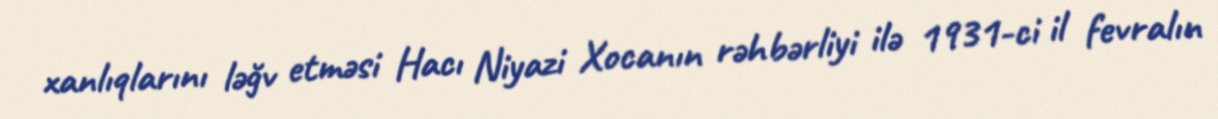
xanlıqlarını ləğv etməsi Hacı Niyazi Xocanın rəhbərliyi ilə 1931-ci il fevralın